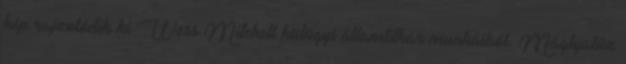
kép rajzolódik ki Wess Mitchell külügyi államtitkár munkáiból. Máglyatűz